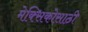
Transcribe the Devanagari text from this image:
मेक्सिकोसाठी